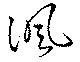
諷